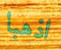
اذهبا